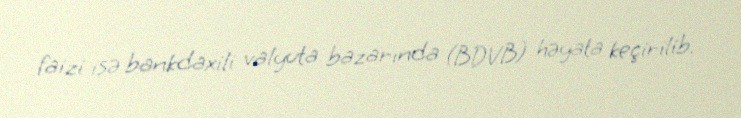
faizi isə bankdaxili valyuta bazarında (BDVB) həyata keçirilib.